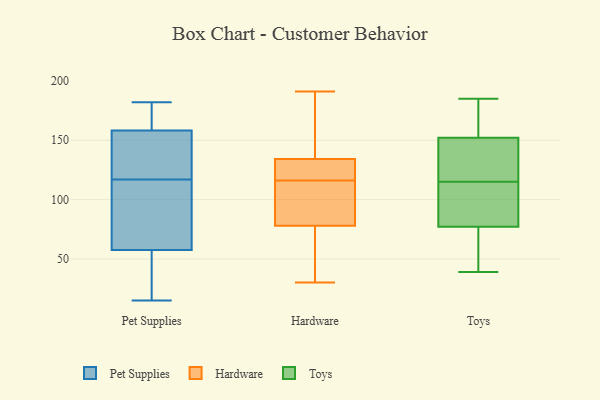
{"axis": {"x": "Page Views", "y": "Value"}, "legend": ["Hardware", "Pet Supplies", "Toys"], "data": [{"x": "", "y": 74, "type": "Pet Supplies"}, {"x": "", "y": 45, "type": "Pet Supplies"}, {"x": "", "y": 51, "type": "Pet Supplies"}, {"x": "", "y": 164, "type": "Pet Supplies"}, {"x": "", "y": 49, "type": "Pet Supplies"}, {"x": "", "y": 153, "type": "Pet Supplies"}, {"x": "", "y": 104, "type": "Pet Supplies"}, {"x": "", "y": 182, "type": "Pet Supplies"}, {"x": "", "y": 54, "type": "Pet Supplies"}, {"x": "", "y": 171, "type": "Pet Supplies"}, {"x": "", "y": 15, "type": "Pet Supplies"}, {"x": "", "y": 160, "type": "Pet Supplies"}, {"x": "", "y": 142, "type": "Pet Supplies"}, {"x": "", "y": 68, "type": "Pet Supplies"}, {"x": "", "y": 143, "type": "Pet Supplies"}, {"x": "", "y": 121, "type": "Pet Supplies"}, {"x": "", "y": 161, "type": "Pet Supplies"}, {"x": "", "y": 117, "type": "Pet Supplies"}, {"x": "", "y": 98, "type": "Pet Supplies"}, {"x": "", "y": 116, "type": "Hardware"}, {"x": "", "y": 108, "type": "Hardware"}, {"x": "", "y": 191, "type": "Hardware"}, {"x": "", "y": 120, "type": "Hardware"}, {"x": "", "y": 56, "type": "Hardware"}, {"x": "", "y": 63, "type": "Hardware"}, {"x": "", "y": 164, "type": "Hardware"}, {"x": "", "y": 136, "type": "Hardware"}, {"x": "", "y": 172, "type": "Hardware"}, {"x": "", "y": 99, "type": "Hardware"}, {"x": "", "y": 101, "type": "Hardware"}, {"x": "", "y": 118, "type": "Hardware"}, {"x": "", "y": 30, "type": "Hardware"}, {"x": "", "y": 71, "type": "Hardware"}, {"x": "", "y": 129, "type": "Hardware"}, {"x": "", "y": 64, "type": "Toys"}, {"x": "", "y": 39, "type": "Toys"}, {"x": "", "y": 175, "type": "Toys"}, {"x": "", "y": 82, "type": "Toys"}, {"x": "", "y": 99, "type": "Toys"}, {"x": "", "y": 131, "type": "Toys"}, {"x": "", "y": 185, "type": "Toys"}, {"x": "", "y": 147, "type": "Toys"}, {"x": "", "y": 152, "type": "Toys"}, {"x": "", "y": 173, "type": "Toys"}, {"x": "", "y": 84, "type": "Toys"}, {"x": "", "y": 136, "type": "Toys"}, {"x": "", "y": 77, "type": "Toys"}, {"x": "", "y": 54, "type": "Toys"}]}